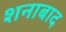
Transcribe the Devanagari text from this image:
शनाबाद